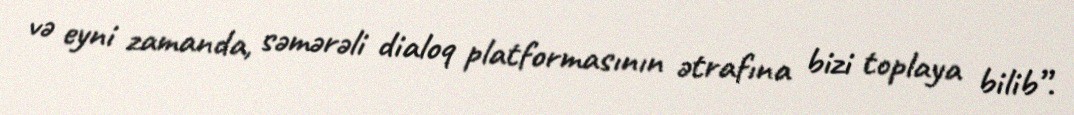
və eyni zamanda, səmərəli dialoq platformasının ətrafına bizi toplaya bilib”.